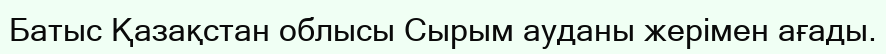
Батыс Қазақстан облысы Сырым ауданы жерімен ағады.